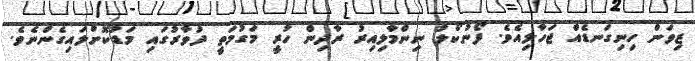
ޒިވަން ހިނިގަނޑެއް ޖަހާލިއެވެ. ފޯނުކޯލު ނިންމާލިއިރު ރާދިން ހުރީ މަގުމަތީ ދުވާރުގައި މަޑުކޮށްލައިގެންނެވެ.